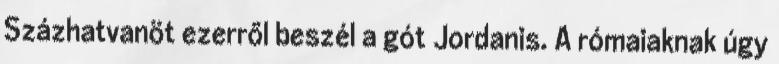
Százhatvanöt ezerről beszél a gót Jordanis. A rómaiaknak úgy